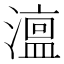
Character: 𭲳